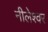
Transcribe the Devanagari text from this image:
नीलेश्‍वर